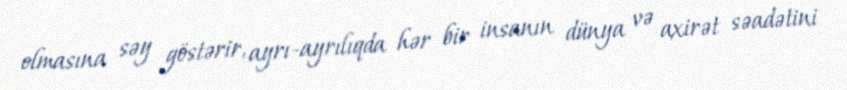
olmasına səy göstərir, ayrı-ayrılıqda hər bir insanın dünya və axirət səadətini